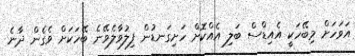
އަވަހަށް މިބޭހަކީ އެއިޑްސް ބަލި އެއްކޮށް ހަށިގަނޑުން ފިލުވާލެވޭނެ ބޭހަކަށް ވެގެން ދާނެ